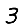
Digit: 3